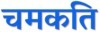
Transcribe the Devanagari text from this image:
चमकति